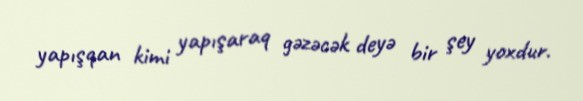
yapışqan kimi yapışaraq gəzəcək deyə bir şey yoxdur.